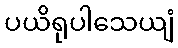
ပယိရုပါသေယျံ